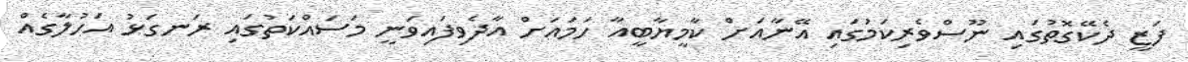
ފަޒީ ދެކޭގޮތުގައި ނޫސްވެރިކަމުގައި އޭނާއަށް ކާމީޔާބީއާ ހަމައަށް އާދެވިފައިވަނީ މަސައްކަތުގައި ރަނގަޅު އަހުލާގެއް